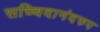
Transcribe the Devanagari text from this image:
सच्चिदानंदरुप